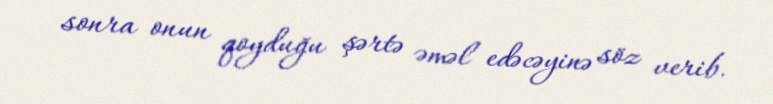
sonra onun qoyduğu şərtə əməl edəcəyinə söz verib.